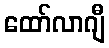
ထော်လာဂျီ